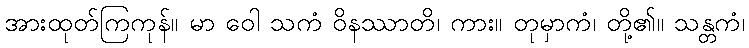
အားထုတ်ကြကုန်။ မာ ဝေါ သကံ ဝိနဿာတိ၊ ကား။ တုမှာကံ၊ တို့၏။ သန္တကံ၊